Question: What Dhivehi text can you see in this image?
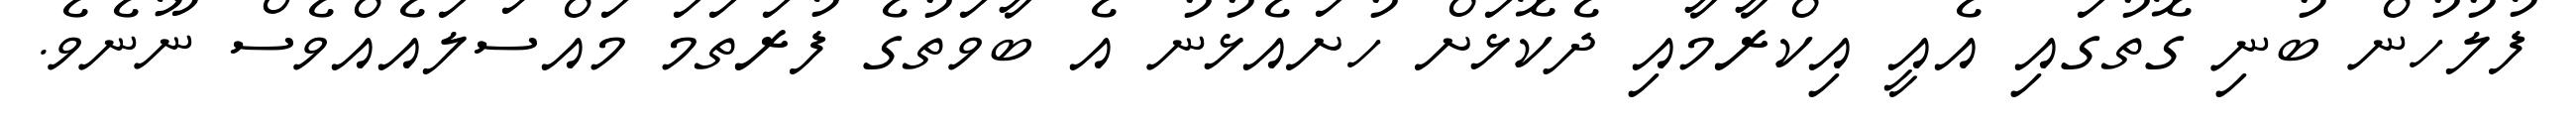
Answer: ފުލުހުން ބުނި ގޮތުގައި އެއީ އިކްރާމާއި ދެކޮޅަށް ހުށައެޅުނު އެ ބާވަތުގެ ފުރަތަމަ މައްސަލައެއްވެސް ނޫނެވެ.